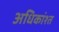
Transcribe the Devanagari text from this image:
अधिकांश्त